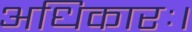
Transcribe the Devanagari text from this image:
अधिकारः।